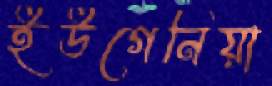
ইউগেনিয়া